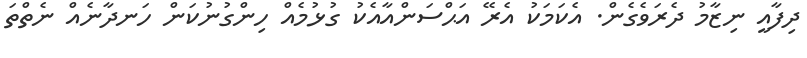
ދިފާއީ ނިޒާމު ދެރަވެގެން. އެކަމަކު އެރޭ އަޙްސަންއާއެކު ގުޅުމެއް ހިންގުނުކަން ހަނދާނެއް ނެތްތަ